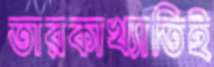
তারকাখ্যাতিই